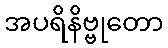
အပရိနိဗ္ဗုတော